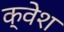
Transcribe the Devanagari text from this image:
क्वेश